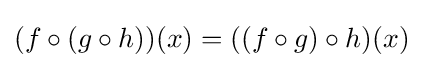
(f\circ (g\circ h))(x)=((f\circ g)\circ h)(x)